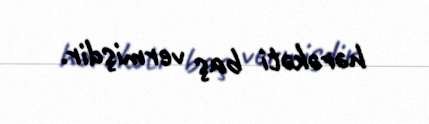
hərəkəti baş vermişdir.